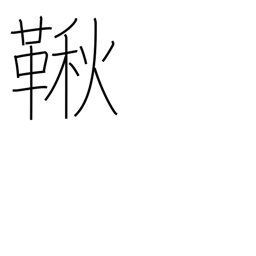
Meaning: swing